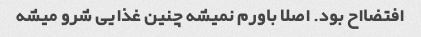
افتضااح بود. اصلا باورم نمیشه چنین غذایی شرو میشه